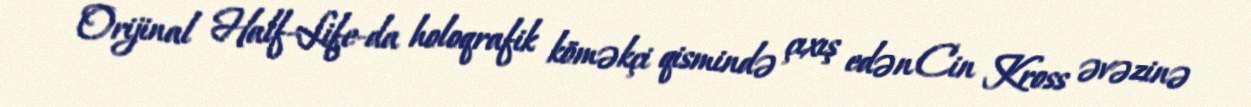
Orijinal Half-Life-da holoqrafik köməkçi qismində çıxış edən Cin Kross əvəzinə